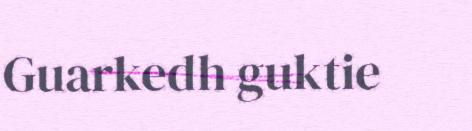
Guarkedh guktie